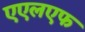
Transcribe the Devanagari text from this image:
एएलएफ